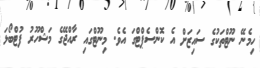
ހިމެނޭ ނޫޓްތަކުގެ ސައިޒަށް އެ ކޮންސެޕްޓްގަ އެވެ. މިނޫޓްގައި ރާއްޖޭގެ މަޝްހޫރު ފުޓްބޯޅަ